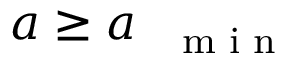
a \ge a _ { \mathrm { ~ { ~ \scriptsize ~ m ~ i ~ n ~ } ~ } }